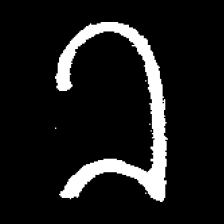
Pyu character \u2014 Myanmar letter: ခ (romanized: kha)